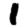
Digit: 1